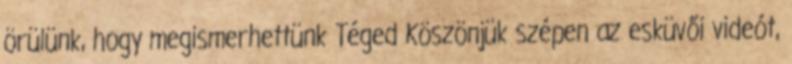
örülünk, hogy megismerhettünk Téged Köszönjük szépen az esküvői videót,